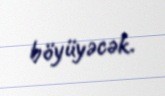
böyüyəcək.